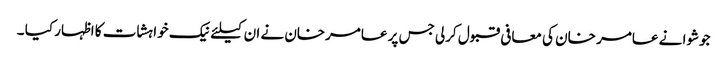
جوشوا نے عامر خان کی معافی قبول کرلی جس پر عامرخان نے ان کیلئے نیک خواہشات کا اظہار کیا ۔